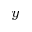
_ y